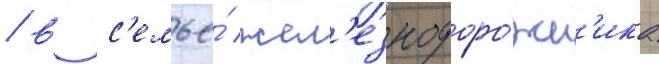
/ в с'емье́ жел'езнодоро́жн'ика